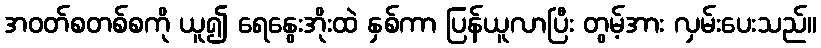
အဝတ်စတစ်စကို ယူ၍ ရေနွေးအိုးထဲ နှစ်ကာ ပြန်ယူလာပြီး တွမ့်အား လှမ်းပေးသည်။